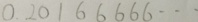
0 . 2 0 1 6 6 6 6 6 \cdots